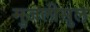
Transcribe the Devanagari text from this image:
मुजलीसुल